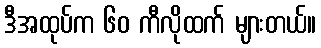
ဒီအထုပ်က ၆၀ ကီလိုထက် များတယ်။